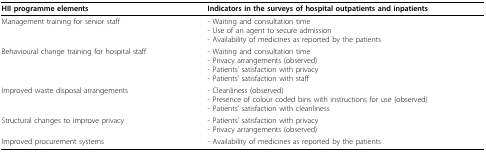
| HII programme elements | Indicators in the surveys of hospital outpatients and inpatients |
 | --- | --- |
 | Management training for senior staff | - Waiting and consultation time- Use of an agent to secure admission- Availability of medicines as reported by the patients |
 | Behavioural change training for hospital staff | - Waiting and consultation time- Privacy arrangements (observed)- Patients' satisfaction with privacy- Patients' satisfaction with staff |
 | Improved waste disposal arrangements | - Cleanliness (observed)- Presence of colour coded bins with instructions for use (observed)- Patients' satisfaction with cleanliness |
 | Structural changes to improve privacy | - Patients' satisfaction with privacy- Privacy arrangements (observed) |
 | Improved procurement systems | - Availability of medicines as reported by the patients |